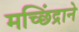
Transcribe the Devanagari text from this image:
मच्छिंद्राने